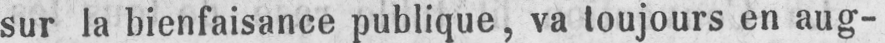
sur la bienfaisance publique, va toujours en aug-